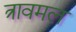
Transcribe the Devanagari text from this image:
त्रावमल